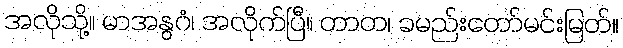
အလိုသို့။ မာအနွဂံ၊ အလိုက်ပြီ။ တာတ၊ ခမည်းတော်မင်းမြတ်။